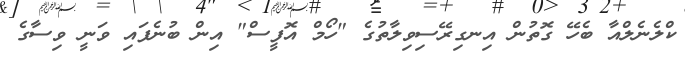
ކްލެނެލްއާ ބެހޭ ގޮތުން އިނގިރޭސިވިލާތުގެ "ހޯމް އޮފީސް" އިން ބުނެފައި ވަނީ ވިސާގެ